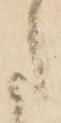
た